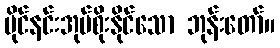
ပိုင်နင်းအုပ်စိုးနိုင်သော ဘုန်းတော်။